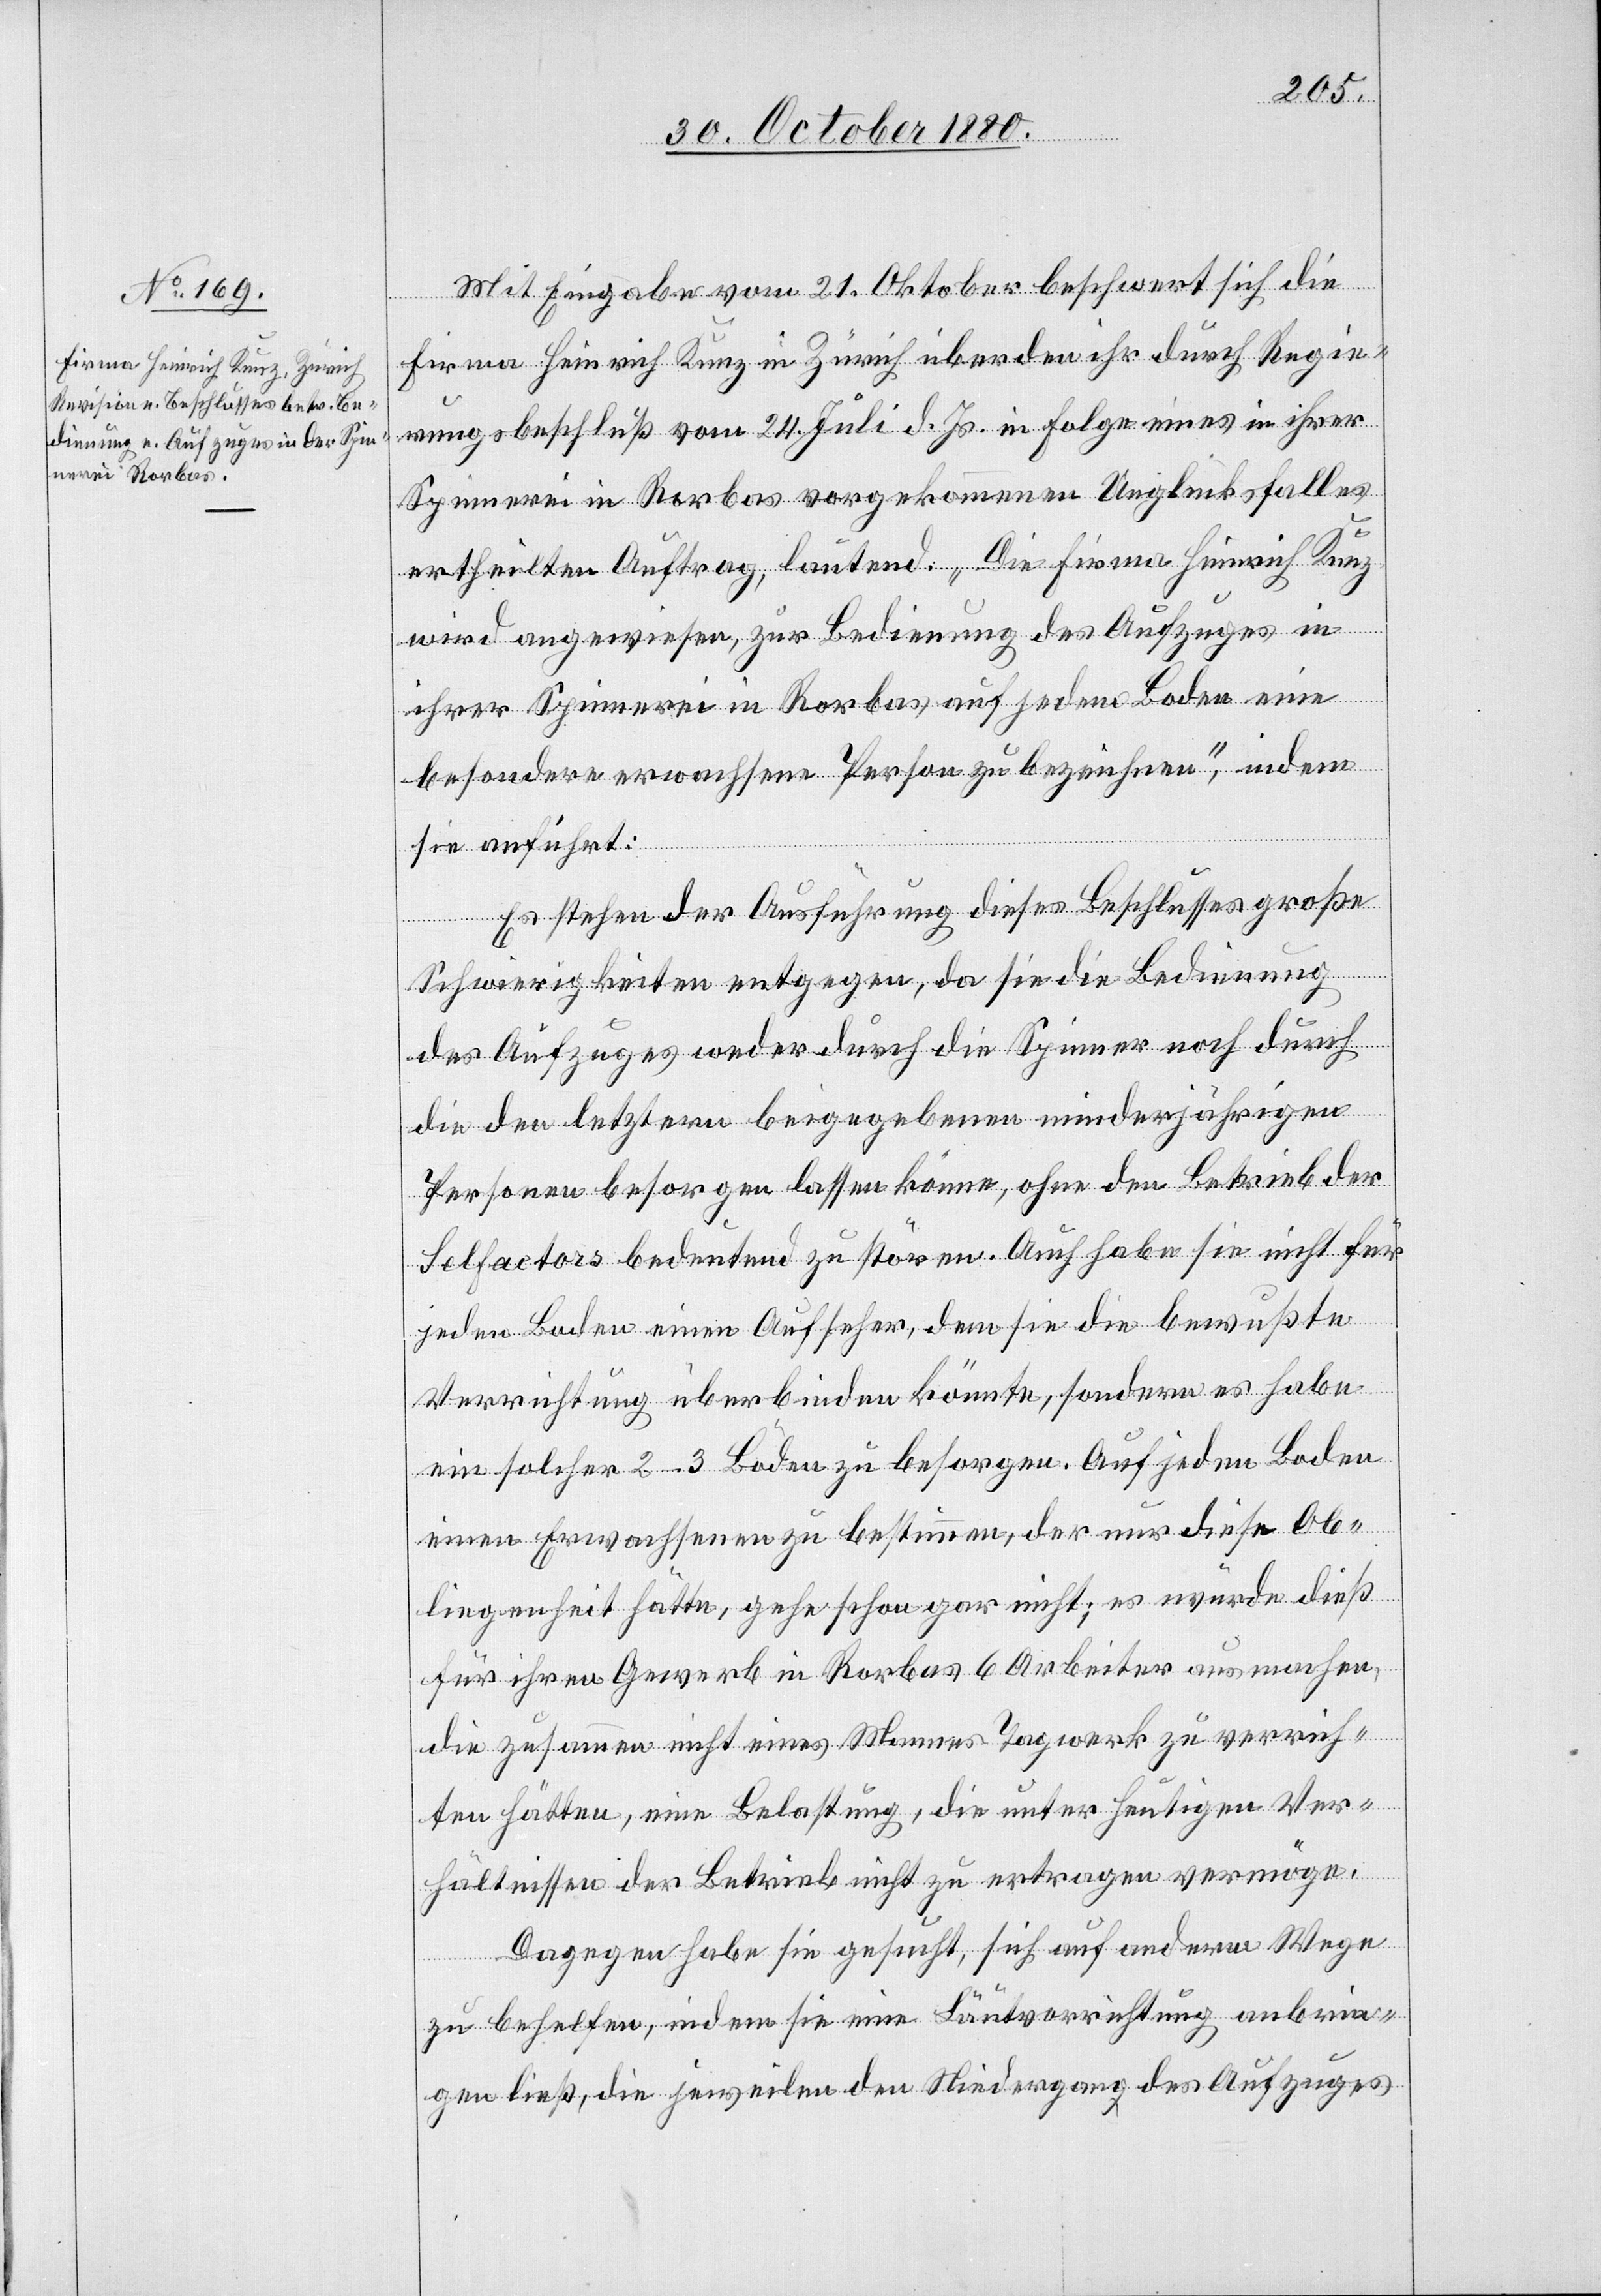
Mit Eingabe vom 21. Oktober beschwert sich die
Firma Heinrich Kunz in Zürich über den ihr durch Regie¬
rungsbeschluß vom 24. Juli d. Js. in Folge eines in ihrer
Spinnerei in Rorbas vorgekommenen Unglückfalles
ertheilten Auftrag, lautend: „Die Firma Heinrich Kunz
wird angewiesen, zur Bedingung des Aufzuges in
ihrer Spinnerei in Rorbas, auf jedem Boden eine
besondere erwachsene Person zu bezeichnen“, indem
sie anführt:
Es stehen der Ausführung dieses Beschlusses große
Schwierigkeiten entgegen, da sie die Bedienung
des Aufzuges weder durch die Spinner noch durch
die den letztern beigegebenen minderjährigen
Personen besorgen lassen könne, ohne den Betrieb der
Selfactors bedeutend zu stören. Auch haben sie nicht für
jeden Boden einen Aufseher, dem sie die bewußte
Verrichtung überbinden könnte, sondern es habe
ein solcher 2–3 Böden zu besorgen. Auf jedem Boden
einen Erwachsenen zu bestimmen, der nur diese Ob¬
liegenheit hätte, gehe schon gar nicht; es würde dieß
für ihren Gewerbe in Rorbas 6 Arbeiter ausmachen,
die zusammen nicht eines Mannes Tagwerk zu verrich¬
ten hätten, eine Belastung, die unter heutigen Ver¬
hältnissen der Betrieb nicht zu ertragen vermöge.
Dagegen habe sie gesucht, sich auf anderm Wege
zu behelfen, indem sie eine Läutvorrichtung anbrin¬
gen ließ, die jeweilen den Niedergang des Aufzuges